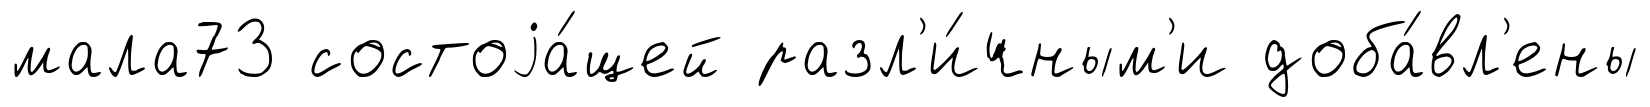
мала73 состоjа́щей разл'и́чным'и доба́вл'ены